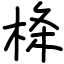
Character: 栙